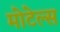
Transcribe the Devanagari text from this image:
मोटेल्स